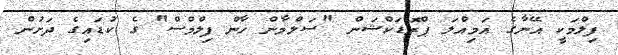
ފިލްމަކީ އޭނާގެ އަމިއްލަ ޕްރޮޑަކްޝަން "ސަލްމާން ޚާން ފިލްމްސް" ގެ ކުޑައިގެ ދަށުން